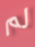
لم